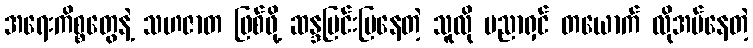
အရေးကိစ္စတွေနဲ့ သဟဇာတ ဖြစ်ဖို့ ဆန္ဒပြင်းပြနေတဲ့ သူလို ပညာရှင် တယောက် လိုအပ်နေတဲ့